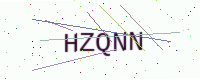
Text: HZQNN